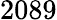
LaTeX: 2089